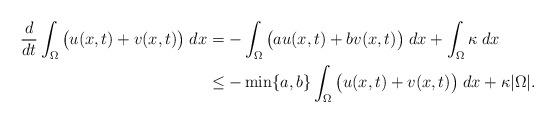
LaTeX: \begin{align*}\frac{d}{dt} \int_\Omega \big( u(x,t)+v(x,t)\big) \;dx &=- \int_\Omega \big( a u(x,t)+b v(x,t)\big) \;dx +\int_\Omega \kappa\;dx \\&\leq - \min\{a,b\} \int_\Omega \big( u(x,t)+v(x,t)\big)\;dx + \kappa |\Omega|.\end{align*}